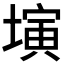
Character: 𡐔